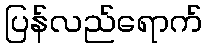
ပြန်လည်ရောက်